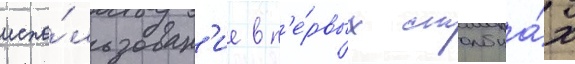
испо́льзован'ие в п'е́рвых столбца́х